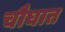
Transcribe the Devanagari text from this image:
चौघात